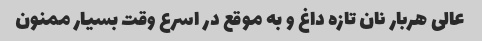
عالی هربار نان تازه داغ و به موقع در اسرع وقت بسیار ممنون